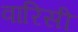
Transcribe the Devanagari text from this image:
वारिसी